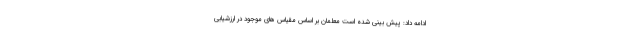
ادامه داد: پیش بینی شده است معلمان بر اساس مقیاس های موجود در ارزشیابی